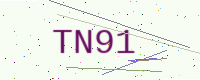
Text: TN91